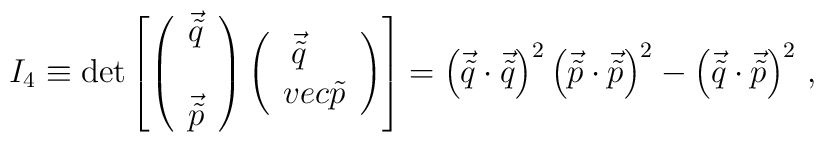
I_{4}\equiv\det \left[\left( \begin{array}{c}\vec{\tilde{q}} \\\\\vec{\tilde{p}} \\\end{array} \right)\left( \begin{array}{cc}\vec{\tilde{q}} \ \ \ \\vec{\tilde{p}} \\\end{array} \right)\right]=\left(\vec{\tilde{q}}\cdot\vec{\tilde{q}}\right)^{2}\left(\vec{\tilde{p}}\cdot\vec{\tilde{p}}\right)^{2}-\left(\vec{\tilde{q}}\cdot\vec{\tilde{p}}\right)^{2}\, ,